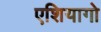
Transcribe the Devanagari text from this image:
एशियागो